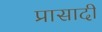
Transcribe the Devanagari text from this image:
प्रासादी